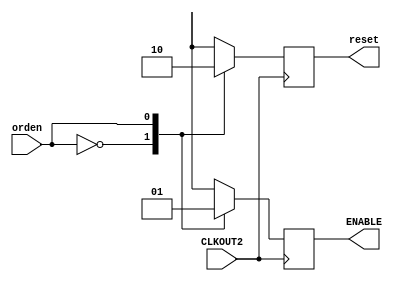
module  meultrasonido  (
                            input	CLKOUT2,
                            input	orden,
                            output	reg	ENABLE,
                            output	reg	reset
                          );
	always@(posedge CLKOUT2)
	begin
	case(orden)
		1'b0:	
		begin
			ENABLE <=  0;
	      		reset  <=  1;
		end
		1'b1:
		begin
			reset  <=  0;
	     		ENABLE <=  1;
		end
		default:
		begin
			reset  <=  0;
	     		ENABLE <=  0;
		end
	endcase
	end
endmodule